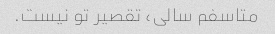
متاسفم سالی، تقصیر تو نیست.